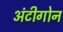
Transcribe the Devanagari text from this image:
अंटीगोन